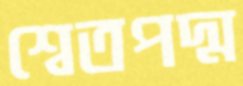
শ্বেতপদ্ম